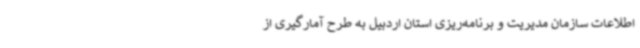
اطلاعات سازمان مدیریت و برنامه‌ریزی استان اردبیل به طرح آمارگیری از